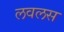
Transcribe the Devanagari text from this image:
लवलस